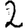
Digit: 2